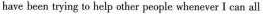
have been trying to help other peogle whenever I can all